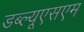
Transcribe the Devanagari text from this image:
डब्ल्यूएसएम